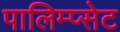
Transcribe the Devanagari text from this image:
पालिम्प्सेट